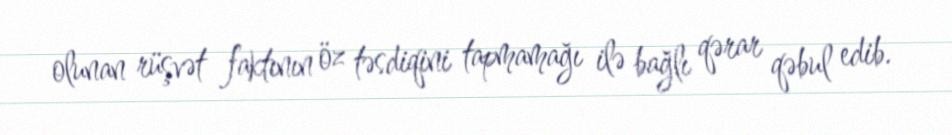
olunan rüşvət faktının öz təsdiqini tapmamağı ilə bağlı qərar qəbul edib.